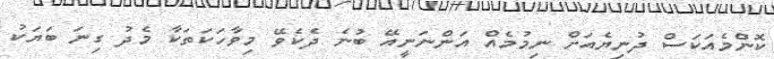
ކޮންމެއަކަސް ދުނިޔެއަށް ނިމުމެއް އަންނަނީއޭ ބުނެ ދެކެވޭ މިވާހަކަތަކާ މެދު ގިނަ ބަޔަކު